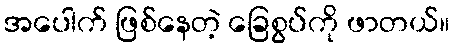
အပေါက် ဖြစ်နေတဲ့ ခြေစွပ်ကို ဖာတယ်။